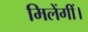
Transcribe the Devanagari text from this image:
मिलेंगीं।